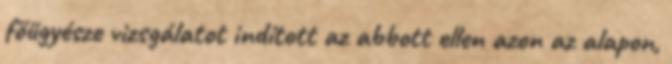
főügyésze vizsgálatot indított az abbott ellen azon az alapon,